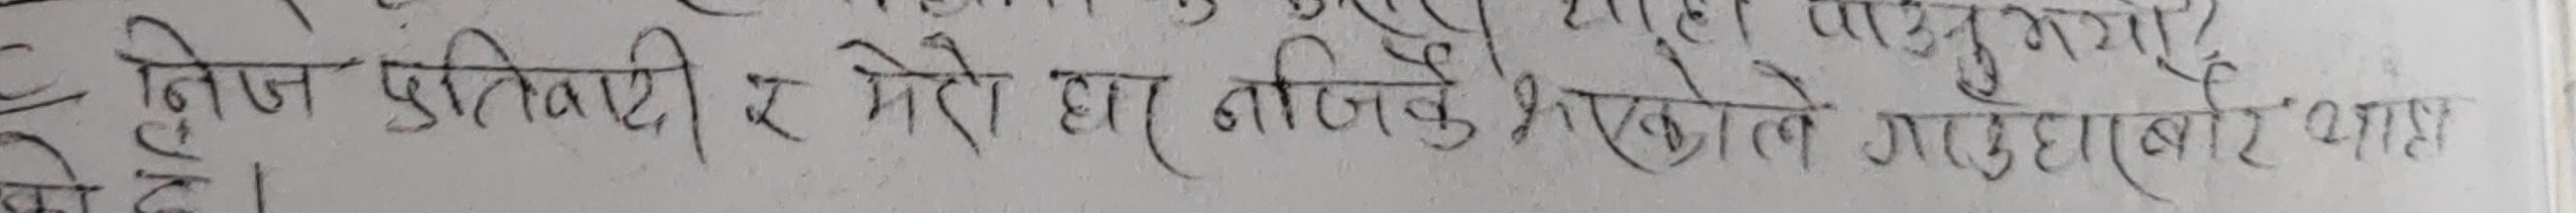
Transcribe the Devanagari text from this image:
निष्ठ पुत्रवती र मेरो घर नजिकै भएकोले गर्दाबारि आएको हो ।